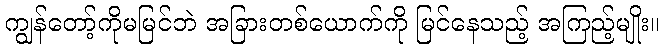
ကျွန်တော့်ကိုမမြင်ဘဲ အခြားတစ်ယောက်ကို မြင်နေသည့် အကြည့်မျိုး။